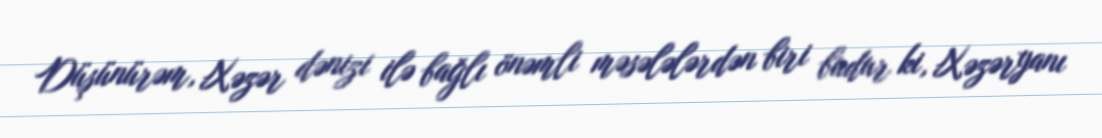
Düşünürəm, Xəzər dənizi ilə bağlı önəmli məsələlərdən biri budur ki, Xəzəryanı